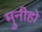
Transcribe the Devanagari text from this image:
मुनीहो